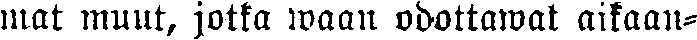
mat muut, jotka waan odottawat aikaan-